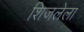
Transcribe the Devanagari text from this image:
शिजलेला